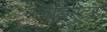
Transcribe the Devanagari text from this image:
ग्‍लैडिएटर